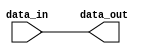
module low_power_buffer(
    input wire data_in,
    output wire data_out
);

assign data_out = data_in; //dummy assignment for example

endmodule